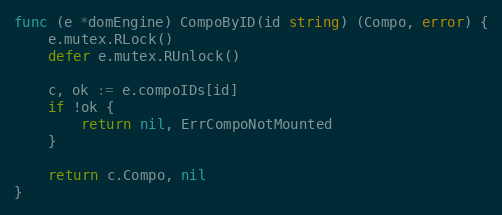
Language: Go
func (e *domEngine) CompoByID(id string) (Compo, error) {
	e.mutex.RLock()
	defer e.mutex.RUnlock()

	c, ok := e.compoIDs[id]
	if !ok {
		return nil, ErrCompoNotMounted
	}

	return c.Compo, nil
}